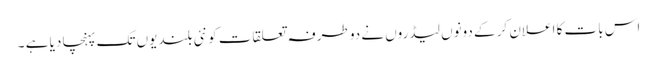
اس بات کا اعلان کر کے دونوں لیڈروں نے دو طرفہ تعلقات کو نئی بلندیوں تک پہنچا دیا ہے ۔